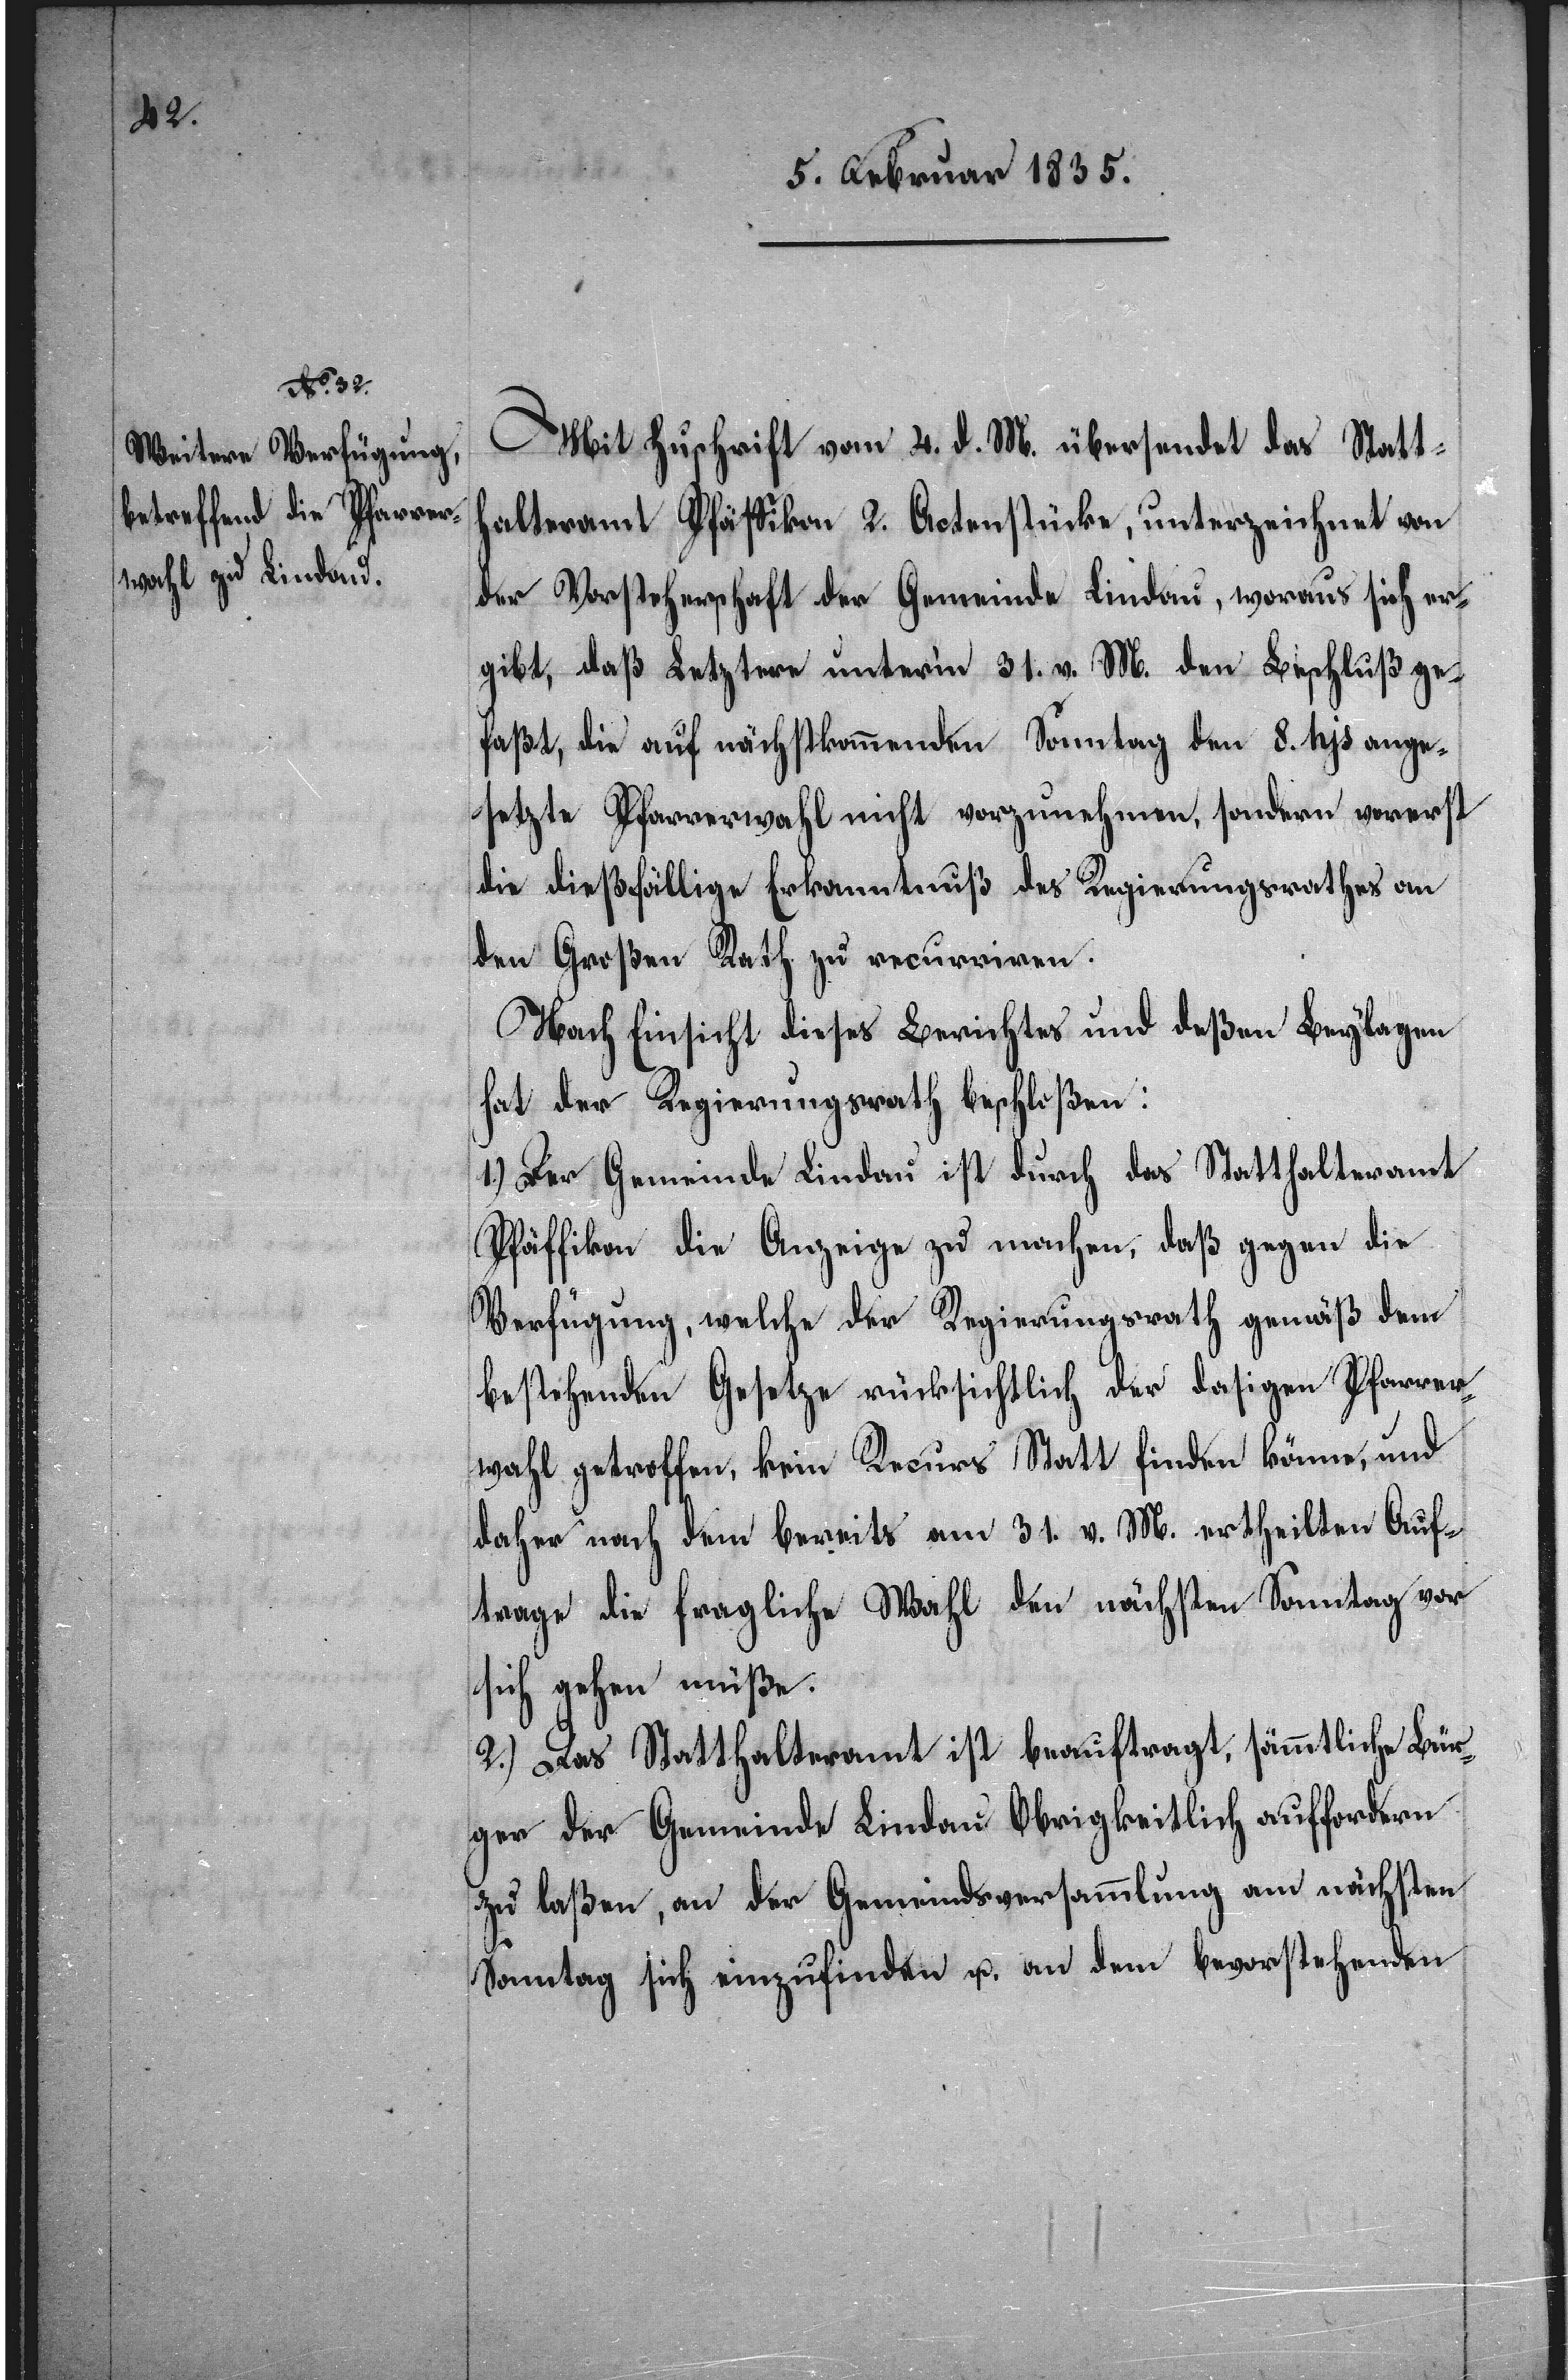
Mit Zuschrift vom 4. d. M. übersendet das Statth¬
alteramt Pfäffikon 2. Actenstücke, unterzeichnet von
der Vorsteherschaft der Gemeinde Lindau, woraus sich er¬
gibt, daß Letztere unterm 31. v. M. den Beschluß ge¬
faßt, die auf nächstkommenden Sonntag den 8. hjs ange¬
setzte Pfarrerwahl nicht vorzunehmen, sondern vorerst
die dießfällige Erkanntnuß des Regierungsrathes an
den Großen Rath zu recurriren.
Nach Einsicht dieses Berichtes und deßen Beylagen
hat der Regierungsrath beschloßen:
1.) Der Gemeinde Lindau ist durch des Statthalteramt
Pfäffikon die Anzeige zu machen, daß gegen die
Verfügung, welche der Regierungsrath gemäß dem
bestehenden Gesetze rücksichtlich der dasigen Pfarrer¬
wahl getroffen, kein Recurs Statt finden könne, und
daher nach dem bereits am 31. v. M. ertheilten Auf¬
trage die fragliche Wahl den nächsten Sonntag vor
sich gehen müße.
2.) Das Statthalteramt ist beauftragt, sämmtliche Bür¬
ger der Gemeinde Lindau Obrigkeitlich auffordern
zu laßen, an der Gemeindsversammlung am nächsten
Sonntag sich einzufinden u. an dem bevorstehenden